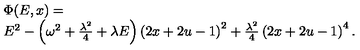
\begin{array} { r l } { \ } & { \Phi ( E , x ) = \ } \\ { \ } & { E ^ { 2 } - \left( \omega ^ { 2 } + \frac { \lambda ^ { 2 } } { 4 } + \lambda E \right) \left( 2 x + 2 u - 1 \right) ^ { 2 } + \frac { \lambda ^ { 2 } } { 4 } \left( 2 x + 2 u - 1 \right) ^ { 4 } . } \\ \end{array}